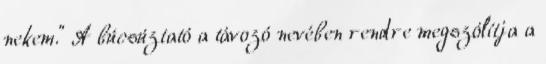
nekem." A búcsúztató a távozó nevében rendre megszólítja a